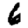
Digit: 6